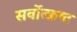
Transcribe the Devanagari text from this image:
सर्वोत्‍क्रष्‍ट